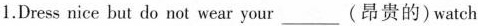
1.Dress nice but do not wear your___(昂贵的) watch